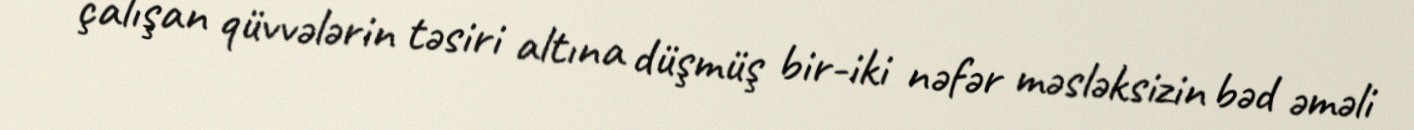
çalışan qüvvələrin təsiri altına düşmüş bir-iki nəfər məsləksizin bəd əməli